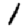
Digit: 1